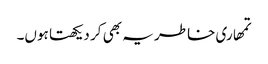
تمھاری خاطر یہ بھی کر دیکھتا ہوں۔